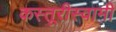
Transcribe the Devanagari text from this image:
कस्तूरीस्वामी